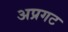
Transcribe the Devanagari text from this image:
अप्रगट